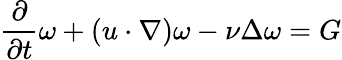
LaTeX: \frac{\partial}{\partial t}\omega+(u\cdot\nabla)\omega-\nu\Delta\omega=G